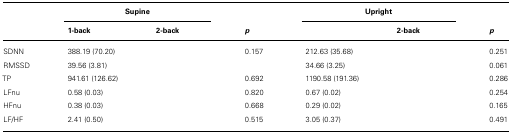
<table><thead><tr><td>[EMPTY_CELL]</td><td colspan="2"><b>Supine</b></td><td>[EMPTY_CELL]</td><td colspan="2"><b>Upright</b></td></tr><tr><td>[EMPTY_CELL]</td><td><b>1-back</b></td><td><b>2-back</b></td><td><b><i>p</i></b></td><td>[EMPTY_CELL]</td><td><b>2-back</b></td><td><b><i>p</i></b></td></tr></thead><tbody><tr><td>SDNN</td><td>388.19 (70.20)</td><td>[EMPTY_CELL]</td><td>0.157</td><td>212.63 (35.68)</td><td>[EMPTY_CELL]</td><td>0.251</td></tr><tr><td>RMSSD</td><td>39.56 (3.81)</td><td>[EMPTY_CELL]</td><td>[EMPTY_CELL]</td><td>34.66 (3.25)</td><td>[EMPTY_CELL]</td><td>0.061</td></tr><tr><td>TP</td><td>941.61 (126.62)</td><td>[EMPTY_CELL]</td><td>0.692</td><td>1190.58 (191.36)</td><td>[EMPTY_CELL]</td><td>0.286</td></tr><tr><td>LFnu</td><td>0.58 (0.03)</td><td>[EMPTY_CELL]</td><td>0.820</td><td>0.67 (0.02)</td><td>[EMPTY_CELL]</td><td>0.254</td></tr><tr><td>HFnu</td><td>0.38 (0.03)</td><td>[EMPTY_CELL]</td><td>0.668</td><td>0.29 (0.02)</td><td>[EMPTY_CELL]</td><td>0.165</td></tr><tr><td>LF/HF</td><td>2.41 (0.50)</td><td>[EMPTY_CELL]</td><td>0.515</td><td>3.05 (0.37)</td><td>[EMPTY_CELL]</td><td>0.491</td></tr></tbody></table>